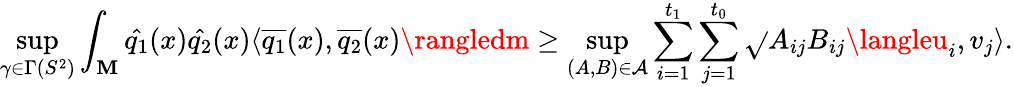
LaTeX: \operatorname*{sup}_{\gamma\in\Gamma(S^{2})}\int_{\mathbf{M}}\hat{{q_{1}}}(x)\hat{{q_{2}}}(x)\langle\overline{{{q_{1}}}}(x),\overline{{{q_{2}}}}(x)\rangledm\geq\operatorname*{sup}_{(A,B)\in\mathcal{{A}}}\sum_{i=1}^{t_{1}}\sum_{j=1}^{t_{0}}\sqrt{}{{A_{ij}B_{ij}}}\langleu_{i},v_{j}\rangle.